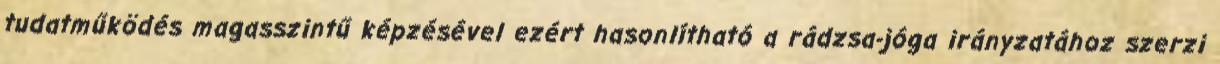
tudatműködés magasszintű képzésével ezért hasonlítható a rádzsa-jóga irányzatához szerzi